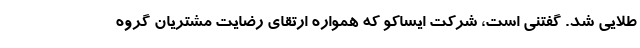
طلایی شد. گفتنی است، شرکت ایساکو که همواره ارتقای رضایت مشتریان گروه